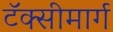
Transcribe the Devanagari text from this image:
टॅक्सीमार्ग